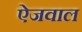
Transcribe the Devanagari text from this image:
ऐजवाल